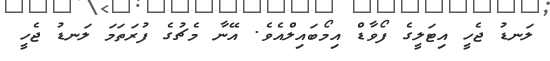
ލަނޑު ޖެހީ އިޓަލީގެ ފޯވާޑް އިމޯބައިލްއެވެ. އޭނާ މެޗުގެ ފުރަތަމަ ލަނޑު ޖެހީ